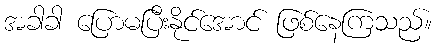
အခါခါ ပြောမပြီးနိုင်အောင် ဖြစ်နေကြသည်။